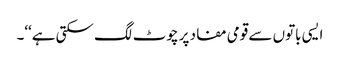
ایسی باتوں سے قومی مفاد پر چوٹ لگ سکتی ہے‘‘۔